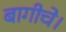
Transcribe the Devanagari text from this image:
बागीचे।